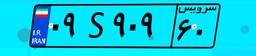
۰۹S۹۰۹۶۰